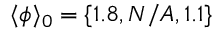
\langle \phi \rangle _ { 0 } = \{ 1 . 8 , N / A , 1 . 1 \}